Civil Veterinary Department Bihar reports 1936-40 - 1936-1940
Year: 1936
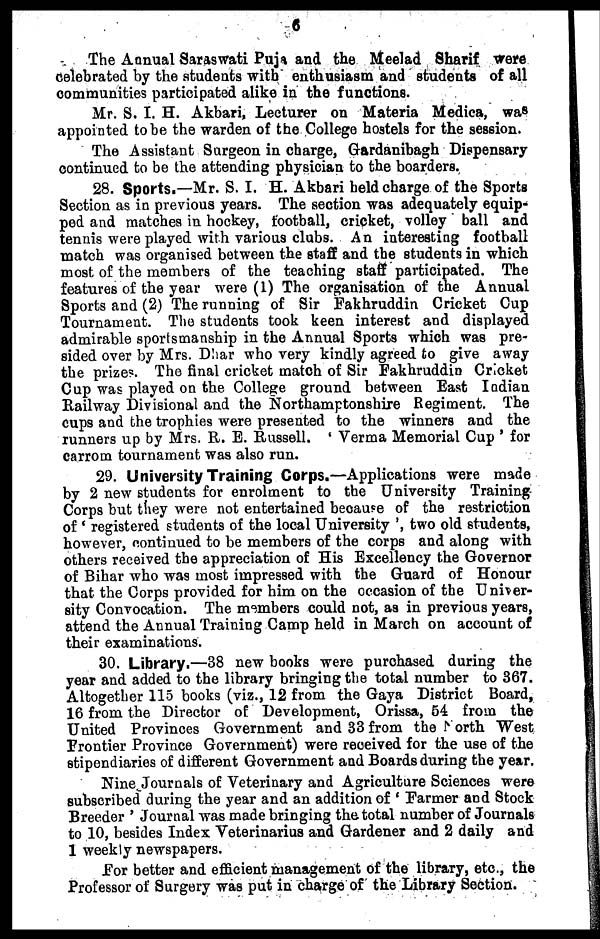
6
The Annual Saraswati Puja and the Meelad Sharif were
Celebrated by the students with enthusiasm and students of all
communities participated alike in the functions.
Mr. S. I. H. Akbari, Lecturer on Materia Medica, was
appointed to be the warden of the College hostels for the session.
The Assistant Surgeon in charge, Gardanibagh Dispensary-
continued to be the attending physician to the boarders.
28. Sports.—Mr. S. I. H. Akbari held charge of the Sports
Section as in previous years. The section was adequately equip-
ped and matches in hockey, football, cricket, volley ball and
tennis were played with various clubs. An interesting football
match was organised between the staff and the students in which
most of the members of the teaching staff participated. The
features of the year were (1) The organisation of the Annual
Sports and (2) The running of Sir Fakhruddin Cricket Cup
Tournament. The students took keen interest and displayed
admirable sportsmanship in the Annual Sports which was pre-
sided over by Mrs. Dhar who very kindly agreed to give away
the prizes. The final cricket match of Sir Fakhruddin Cricket
Cup was played on the College ground between East Indian
Railway Divisional and the Northamptonshire Regiment. The
cups and the trophies were presented to the winners and the
runners up by Mrs. R. E. Russell. 'Verma Memorial Cup' for
carrom tournament was also run.
29. University Training Corps.—Applications were made
by 2 new students for enrolment to the University Training
Corps but they were not entertained because of the restriction
of 'registered students of the local University', two old students,
however, continued to be members of the corps and along with
others received the appreciation of His Excellency the Governor
of Bihar who was most impressed with the Guard of Honour
that the Corps provided for him on the occasion of the Univer-
sity Convocation. The members could not, as in previous years,
attend the Annual Training Camp held in March on account of
their examinations.
30. Library.—38 new books were purchased during the
year and added to the library bringing the total number to 367.
Altogether 115 books (viz., 12 from the Gaya District Board,
16 from the Director of Development, Orissa, 54 from the
United Provinces Government and 33 from the North West
Frontier Province Government) were received for the use of the
stipendiaries of different Government and Boards during the year.
Nine Journals of Veterinary and Agriculture Sciences were
subscribed during the year and an addition of 'Farmer and Stock
Breeder' Journal was made bringing the total number of Journals
to 10, besides Index Veterinarius and Gardener and 2 daily and
1 weekly newspapers.
For better and efficient management of the library, etc., the
Professor of Surgery was put in charge of the Library Section.